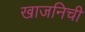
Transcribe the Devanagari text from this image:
खाजनिची